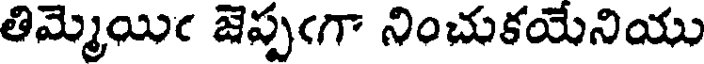
తిమ్మెయిఁ జెప్పఁగా నించుకయేనియు